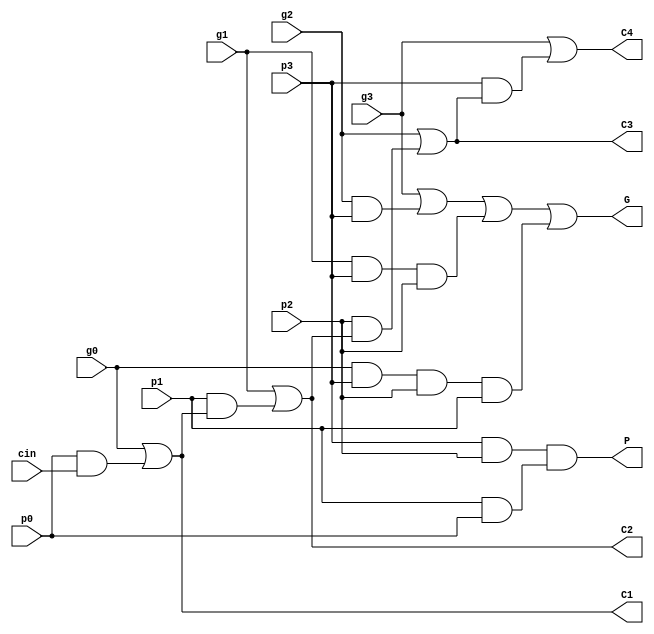
module CLA(g0, p0, g1, p1, g2, p2, g3, p3, cin, C1, C2, C3, C4, G, P);
input g0, p0, g1, p1, g2, p2, g3, p3; // Generate and propagate signals
												  // corresponding to each bit.
input cin; 									  // Carry-in input
output C1, C2, C3, C4;					  // Carry bits computed by the CLA.
output G, P; 								  // Block generate and block propagate to be used by CLAs at a
												  // higher level.   

reg C1, C2, C3, C4;
reg G, P;

always @ (g0, g1, g2, g3, p0, p1, p2, p3, cin)
begin
	 C1 = (g0 | (p0 & cin));
	 C2 = (g1 | (p1 & C1));
	 C3 = (g2 | (p2 & C2));
	 C4 = (g3 | (p3 & C3));
	
	 G = (g3 | (g2 & p3) | (g1 & p3 & p2) |  (g0 & p3 & p2 & p1));
	 P = (p3 & p2) & (p1 & p0);
end

endmodule